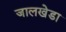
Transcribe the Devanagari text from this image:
जालखेडा